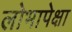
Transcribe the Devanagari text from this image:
लोभापेक्षा